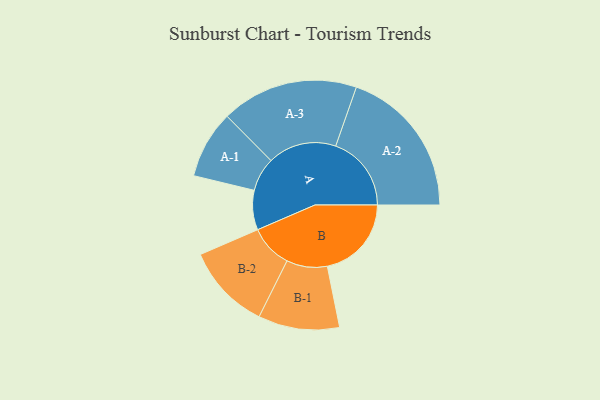
{"axis": {"x": "Segment", "y": "Value"}, "legend": ["", "A", "B"], "data": [{"x": "A", "y": 140, "type": ""}, {"x": "B", "y": 298, "type": ""}, {"x": "A-1", "y": 120, "type": "A"}, {"x": "A-2", "y": 268, "type": "A"}, {"x": "A-3", "y": 243, "type": "A"}, {"x": "B-1", "y": 144, "type": "B"}, {"x": "B-2", "y": 152, "type": "B"}]}